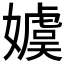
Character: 𡢢